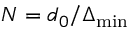
N = d _ { 0 } / \Delta _ { \operatorname* { m i n } }